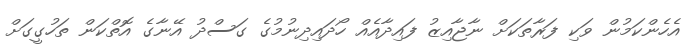
އެހެންކަމުން ވަކި ފަރާތަކަށް ނާޖާއިޒު ފައިދާއެއް ހޯދައިދިނުމުގެ ގަސްދު އޭނާގެ އޮތްކަން ތަހުގީގަށް